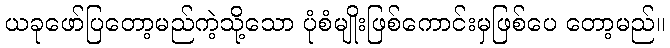
ယခုဖော်ပြတော့မည်ကဲ့သို့သော ပုံစံမျိုးဖြစ်ကောင်းမှဖြစ်ပေ တော့မည်။